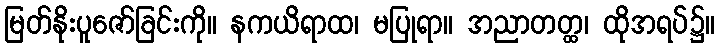
မြတ်နိုးပူဇော်ခြင်းကို။ နကယိရာထ၊ မပြုရာ။ အညာတတ္ထ၊ ထိုအရပ်၌။